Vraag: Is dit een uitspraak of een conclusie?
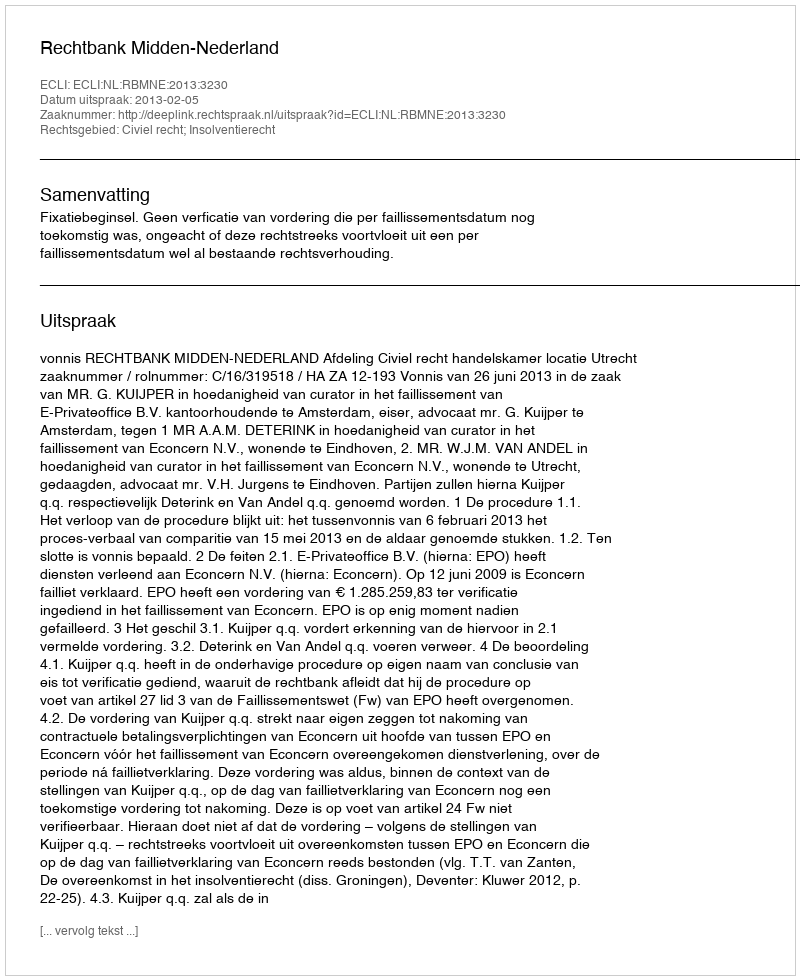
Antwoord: Uitspraak